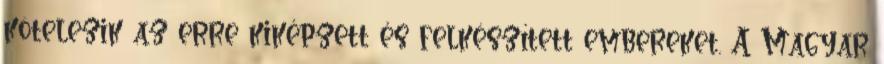
kötelezik az erre kiképzett és felkészített embereket. A Magyar